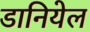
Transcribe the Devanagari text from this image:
डानियेल